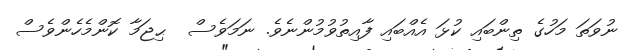
ނުވަތަ މަހުގެ ތިންބައި ކުޅަ އެއްބައި ފާއިތުވުމުންނެވެ. ނަމަވެސް  ޙިޖަމާ ކޮންމެހެންވެސް